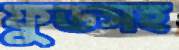
ফুডসহ